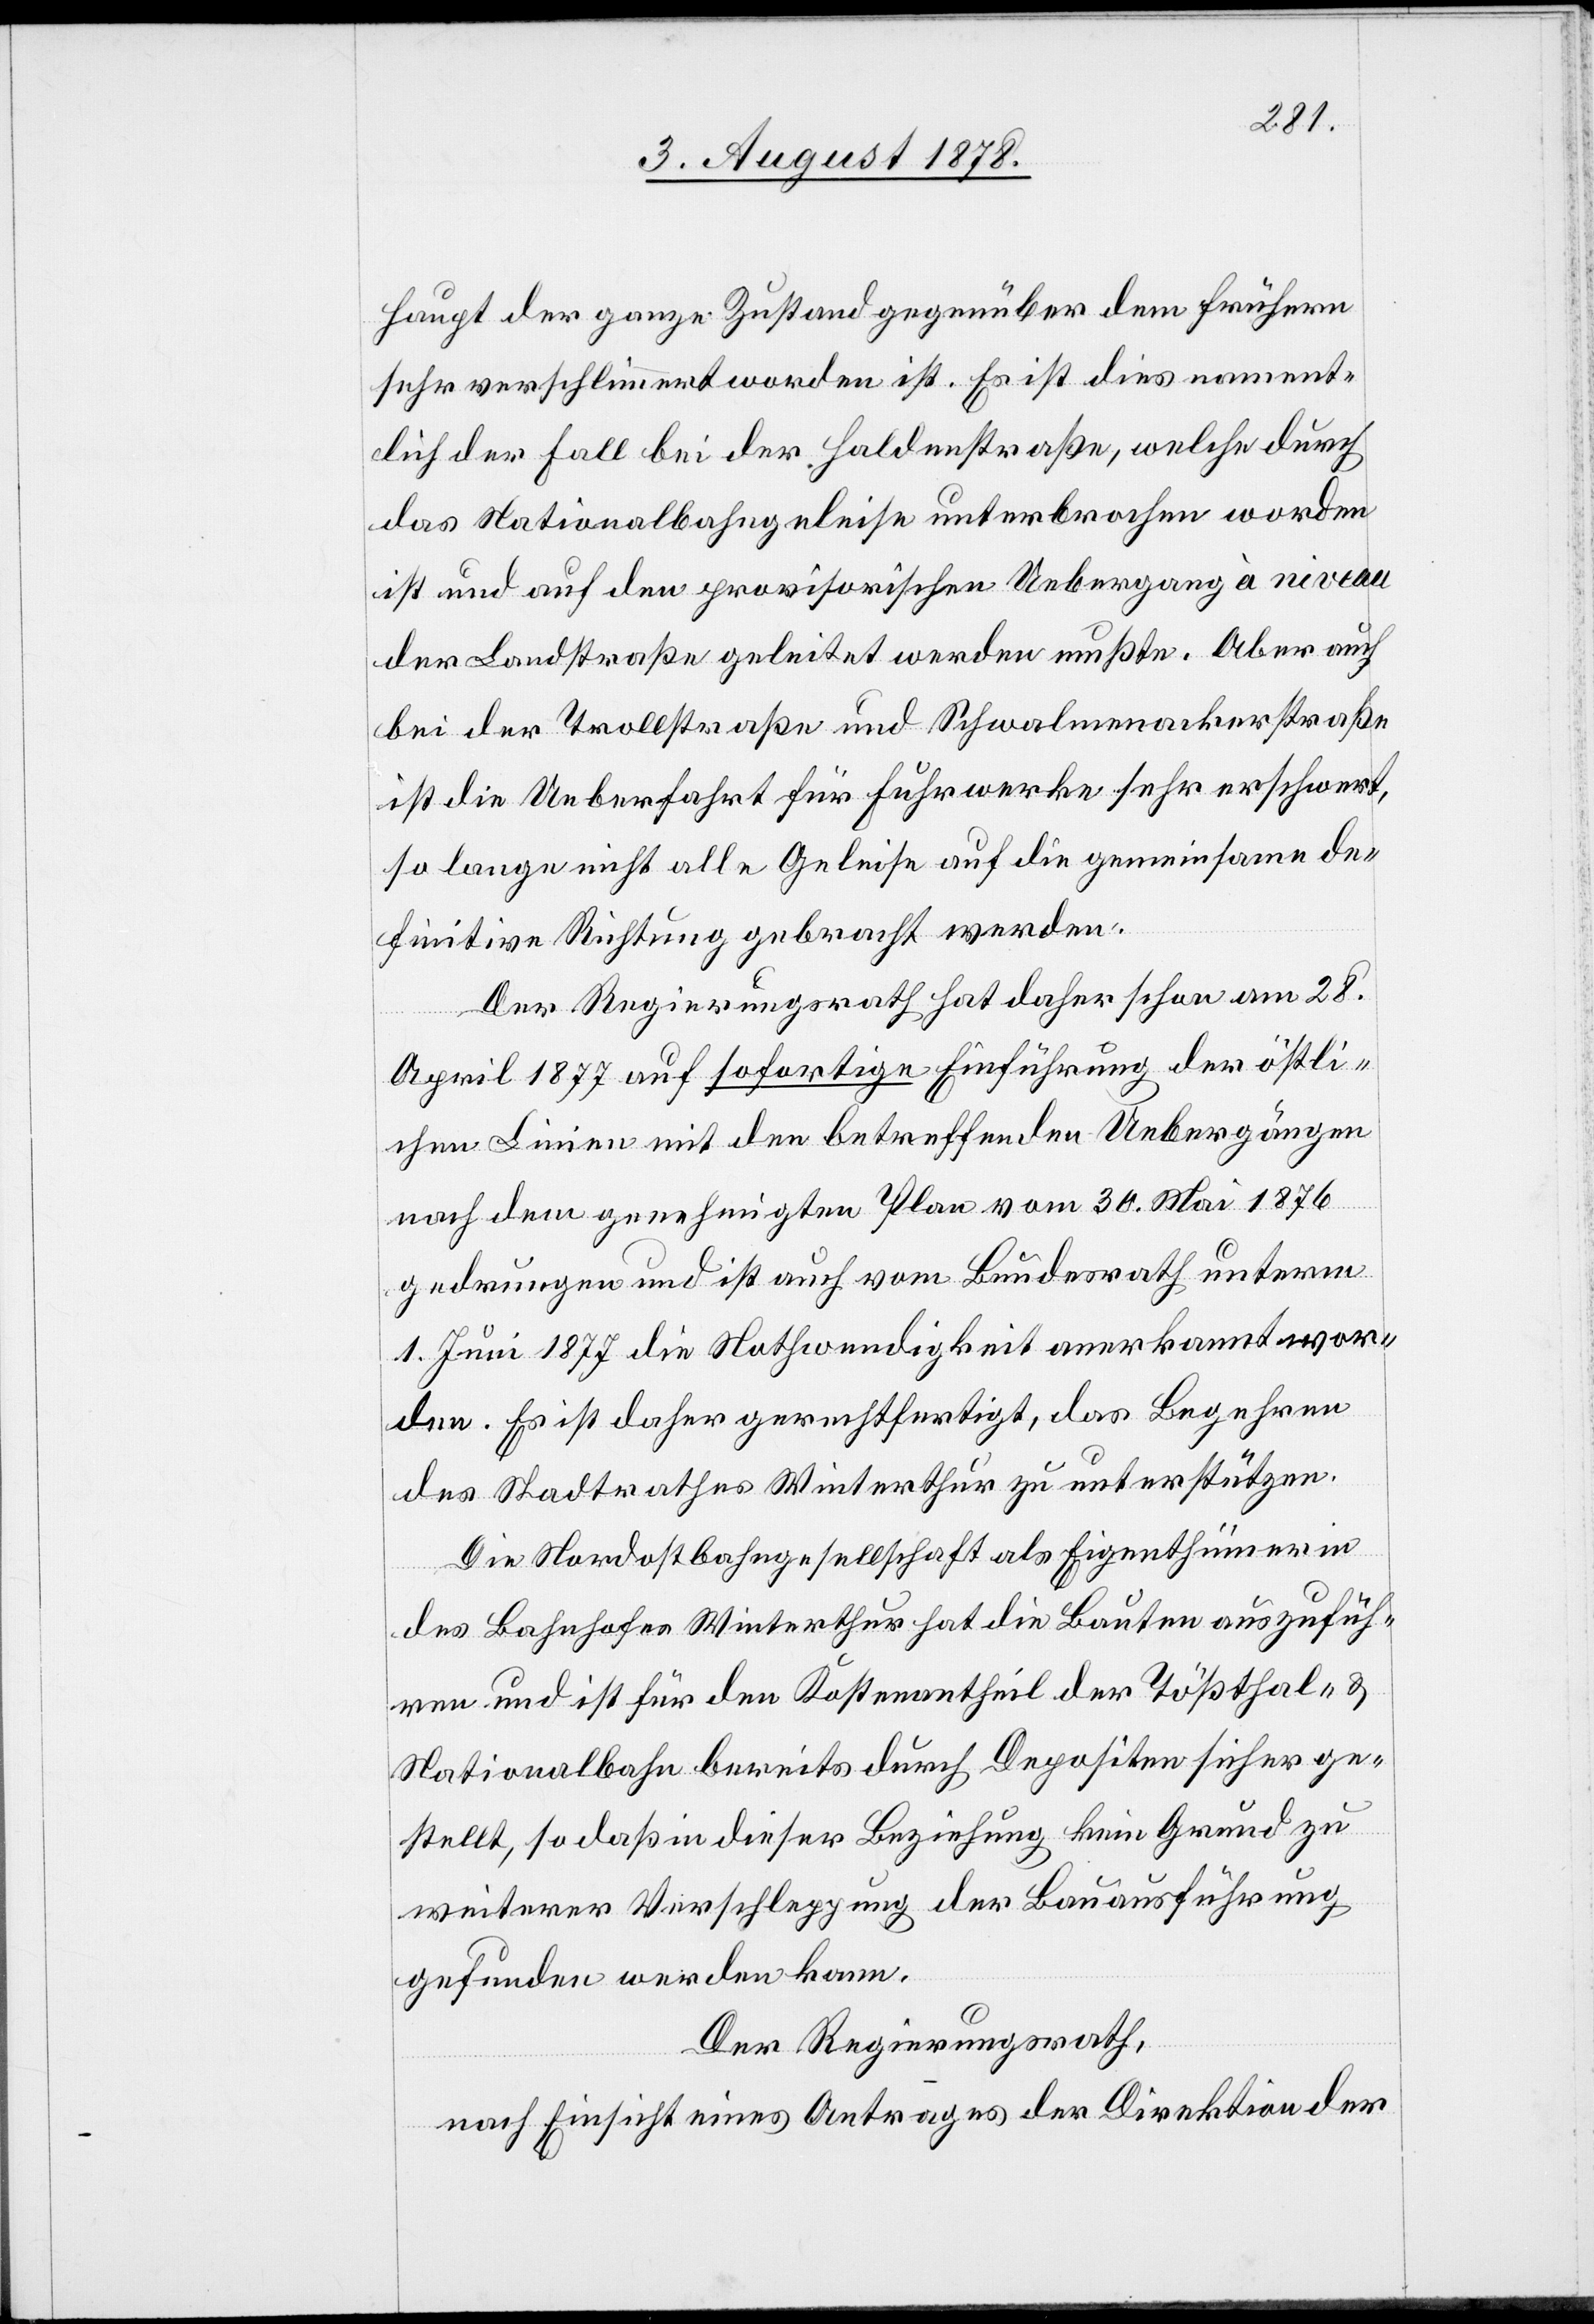
haupt der ganze Zustand gegenüber dem frühern
sehr verschlimmert worden ist. Es ist dies nament¬
lich der Fall bei der Haldenstraße, welche durch
das Nationalbahngeleise unterbrochen worden
ist und auf den provisorischen Uebergang à niveau
der Landstraße geleistet werden mußte. Aber auch
bei der Trollstraße und Schwalmenackerstraße
ist die Ueberfahrt für Fuhrwerke sehr erschwert,
so lange nicht alle Geleise auf die gemeinsame de¬
finitive Richtung gebracht werden.
Der Regierungsrath hat daher schon am 28.
April 1877 auf sofortige Einführung der östli¬
chen Linie mit den betreffenden Uebergängen
nach dem genehmigten Plan vom 30. Mai 1876
gedrungen und ist auch vom Bundesrath unterm
1. Juni 1877 die Nothwendigkeit anerkannt wor¬
den. Es ist daher gerechtfertigt, das Begehren
des Stadtrathes Winterthur zu unterstützen.
Die Nordostbahngesellschaft als Eigenthümerin
des Bahnhofes Winterthur hat die Bauten auszufüh¬
ren und ist für den Kostenantheil der Tößthal- &
Nationalbahn bereits durch Depositen sicher ge¬
stellt, so daß in dieser Beziehung kein Grund zu
weiterer Verschleppung der Bauausführung
gefunden werden kann.
Der Regierungsrath,
nach Einsicht eines Antrages der Direktion der